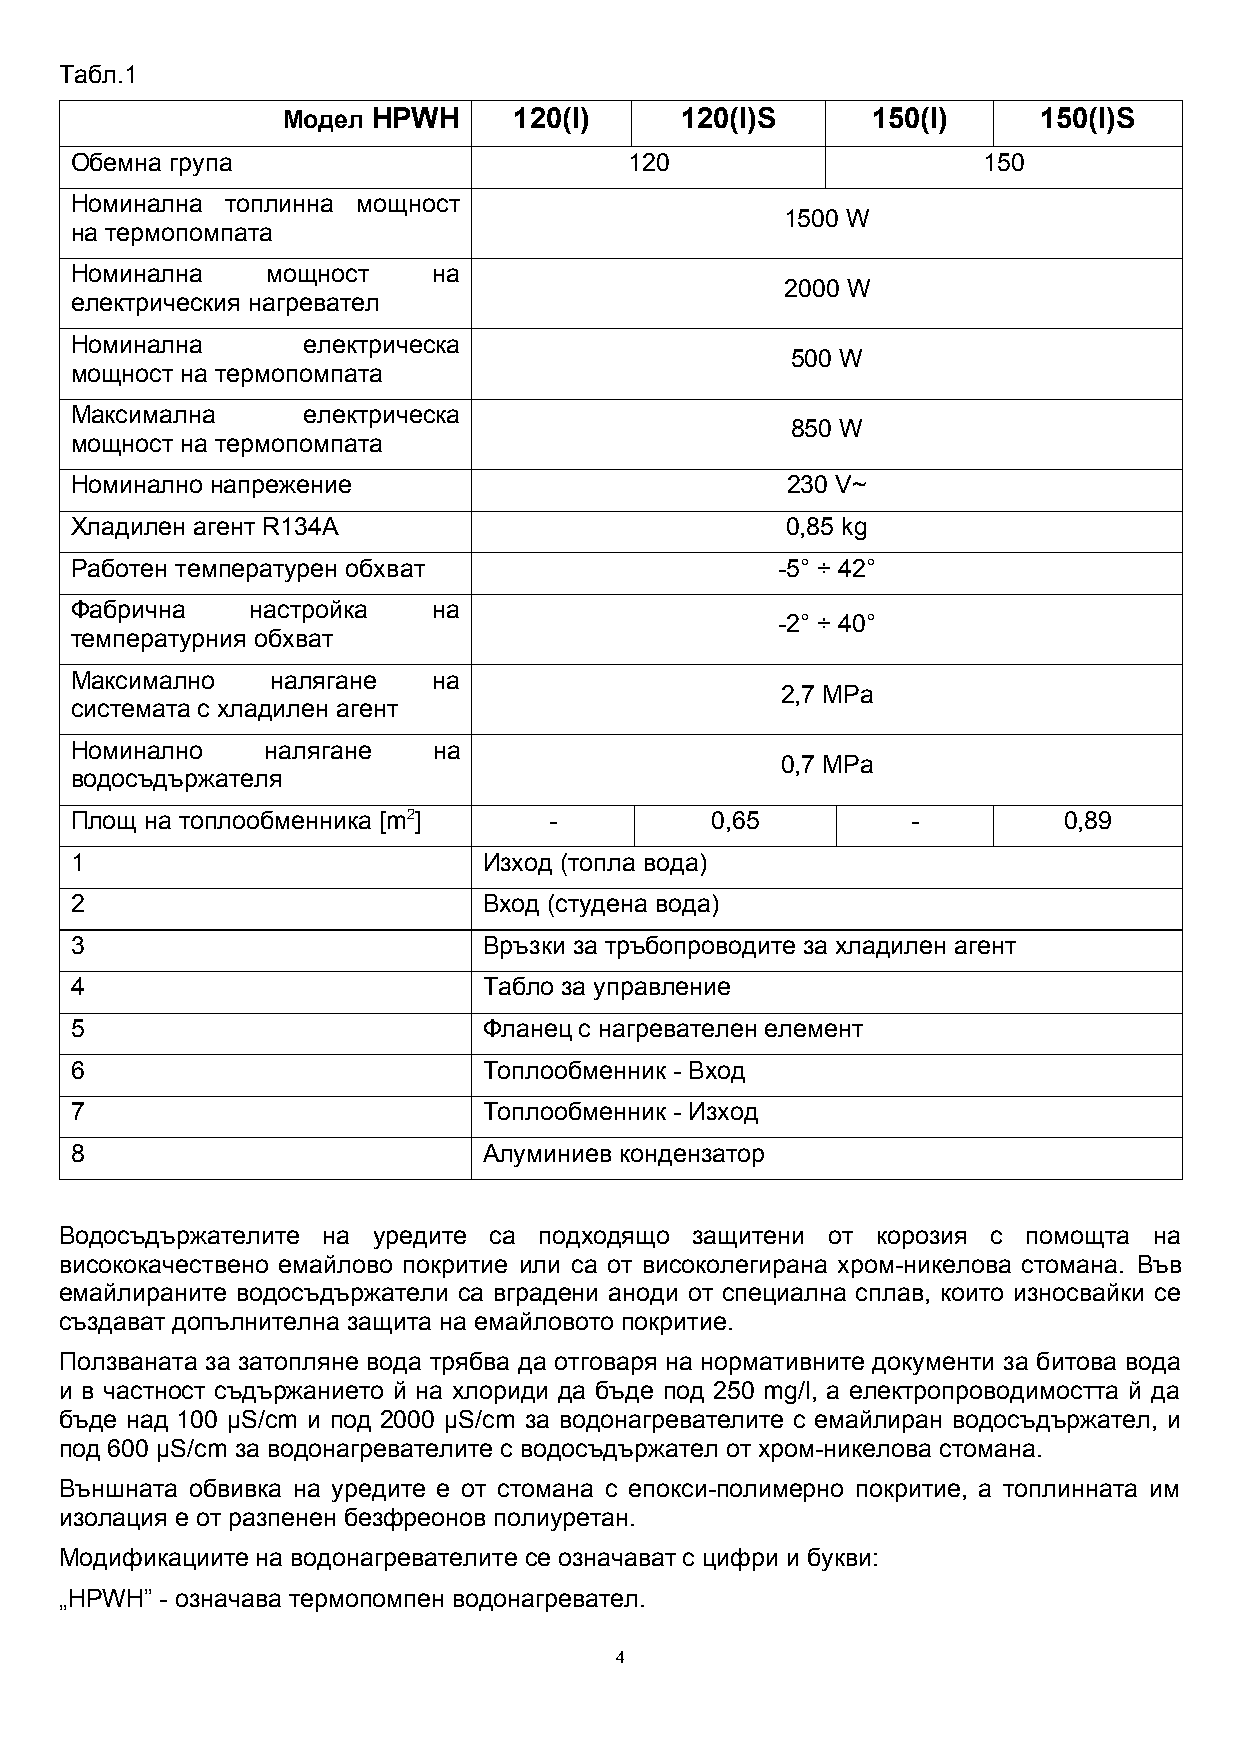
Табл.1
 Модел HPWH     120(I)     120(I)S      150(I)     150(I)S
 Обемна група                         120                    150
 Номинална топлинна мощност
 1500 W
 на термопомпата
 Номинална    мощност    на
 2000 W
 електрическия нагревател
 Номинална      електрическа
 500 W
 мощност на термопомпата
 Максимална     електрическа
 850 W
 мощност на термопомпата
 Номинално напрежение                           230 V~
 Хладилен агент R134A                           0,85 kg
 Работен температурен обхват                   -5° ÷ 42°
 Фабрична    настройка   на
 -2° ÷ 40°
 температурния обхват
 Максимално   налягане   на
 2,7 MPa
 системата с хладилен агент
 Номинално    налягане   на
 0,7 MPa
 водосъдържателя
 Площ на топлообменника [mm2]   -          0,65         -         0,89
 1                          Изход (топла вода)
 2                          Вход (студена вода)
 3                          Връзки за тръбопроводите за хладилен агент
 4                          Табло за управление
 5                          Фланец с нагревателен елемент
 6                          Топлообменник - Вход
 7                          Топлообменник - Изход
 8                          Алуминиев кондензатор
 Водосъдържателите на уредите са подходящо защитени от корозия с помощта на
 висококачествено емайлово покритие или са от високолегирана хром-никелова стомана. Във
 емайлираните водосъдържатели са вградени аноди от специална сплав, които износвайки се
 създават допълнителна защита на емайловото покритие.
 Ползваната за затопляне вода трябва да отговаря на нормативните документи за битова вода
 и в частност съдържанието й на хлориди да бъде под 250 mg/l, а електропроводимостта й да
 бъде над 100 µS/cm и под 2000 µS/cm за водонагревателите с емайлиран водосъдържател, иS/cm и под 2000 µS/cm и под 2000 µS/cm за водонагревателите с емайлиран водосъдържател, иS/cm за водонагревателите с емайлиран водосъдържател, и
 под 600 µS/cm и под 2000 µS/cm за водонагревателите с емайлиран водосъдържател, иS/cm за водонагревателите с водосъдържател от хром-никелова стомана.
 Външната обвивка на уредите е от стомана с епокси-полимерно покритие, а топлинната им
 изолация е от разпенен безфреонов полиуретан.
 Модификациите на водонагревателите се означават с цифри и букви:
 „HPWH” - означава термопомпен водонагревател.
 4